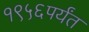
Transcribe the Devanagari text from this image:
१९५६पर्यंत